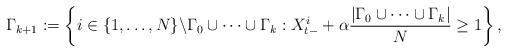
LaTeX: \begin{align*}\Gamma_{k+1} := \left\{i\in\{1, \dots, N\}\backslash \Gamma_0\cup\dots \cup\Gamma_k : X^{i}_{t-} + \alpha\frac{|\Gamma_0\cup\dots \cup\Gamma_k|}{N}\geq 1\right\},\end{align*}